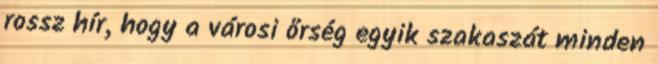
rossz hír, hogy a városi őrség egyik szakaszát minden